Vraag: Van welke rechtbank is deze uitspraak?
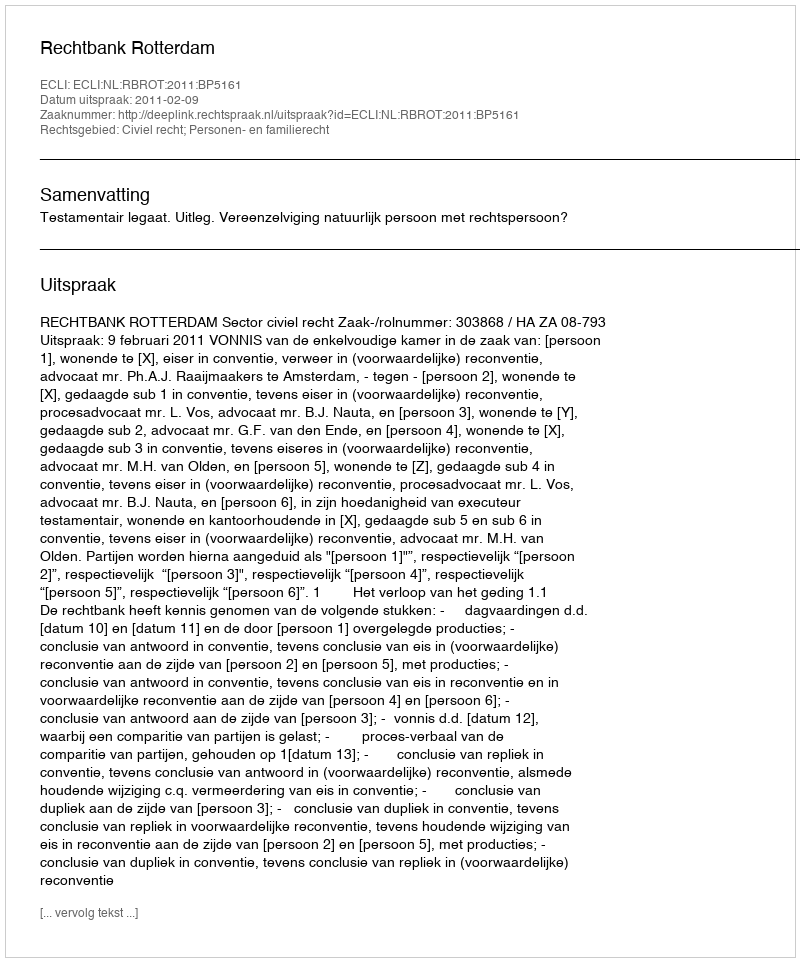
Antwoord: Rechtbank Rotterdam